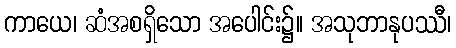
ကာယေ၊ ဆံအစရှိသော အပေါင်း၌။ အသုဘာနုပဿီ၊